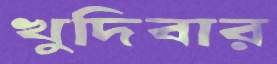
খুদিবার